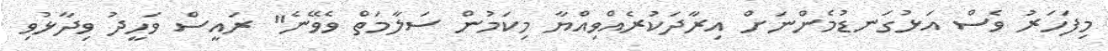
މިފަހަރު ވެސް އަޅުގަނޑުމެންނަށް އިރާދަކުރެއްވިއްޔާ މިކަމުން ސަލާމަތް ވެވޭނެ" ރައީސް ވަހީދު ވިދާޅުވި